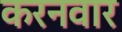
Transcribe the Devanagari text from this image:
करनवार